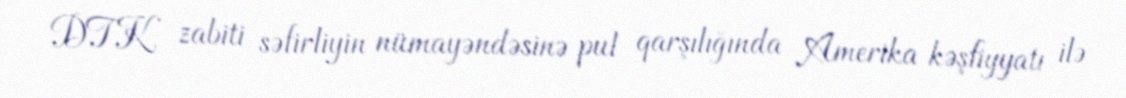
DTK zabiti səfirliyin nümayəndəsinə pul qarşılığında Amerika kəşfiyyatı ilə